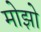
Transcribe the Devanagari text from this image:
मोझो